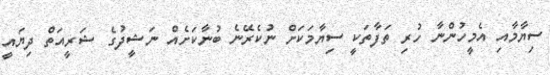
ސިޔާމާއި އެމީހުންނާ ހުރި ތަފާތަކީ ސިޔާމަކަށް ނުކެރޭނެ ބުނާކަށެއް ނަޝީދުގެ ޝަރީއަތް ދިޔައީ